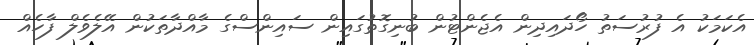
އެކަމަކު އެ ފުރުސަތު ހޯދައިދިން އެޖެންޓުން ބުނިގޮތުގައިން ސައިންސްގެ މާއްދާތަކުން އޭލެވެލް ފާހެއް